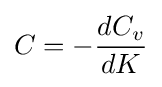
C=-{\frac {dC_{v}}{dK}}